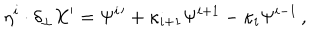
LaTeX: \eta ^ { i } \cdot \delta _ { \perp } X ^ { \prime } = \Psi ^ { i } { } ^ { \prime } + \kappa _ { i + 1 } \Psi ^ { i + 1 } - \kappa _ { i } \Psi ^ { i - 1 } \, ,